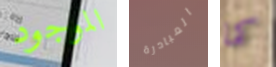
الموجود المبادرة كما